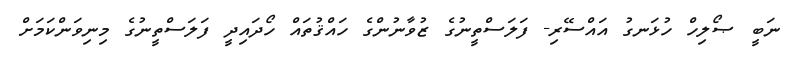
ނަބީ ޞޯލިހް ހުޅަނގު އައްސޭރި- ފަލަސްތީނުގެ ޒުވާނުންގެ ހައްޤުތައް ހޯދައިދީ ފަލަސްތީނުގެ މިނިވަންކަމަށް